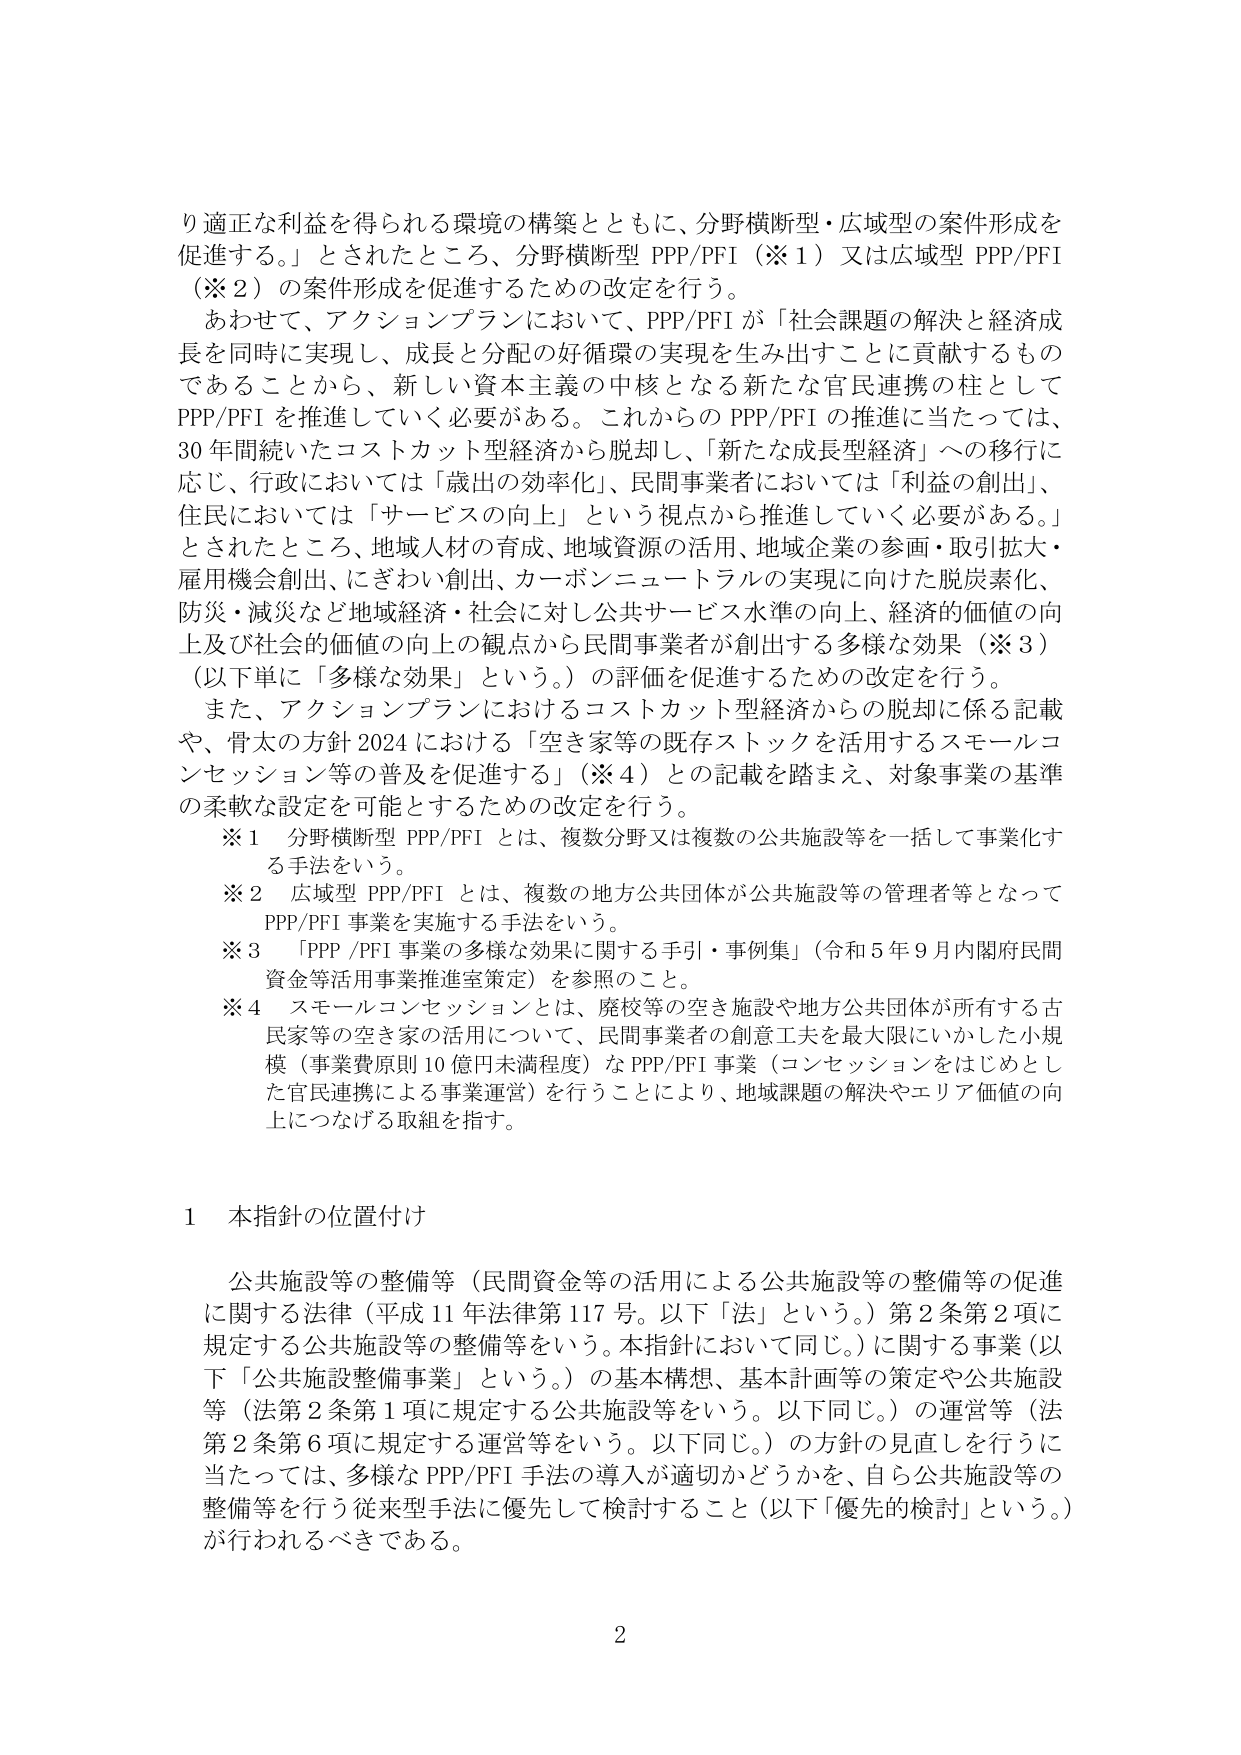
り適正な利益を得られる環境の構築とともに、分野横断型・広域型の案件形成を促進する。」とされたところ、分野横断型 PPP/PFI（※１）又は広域型 PPP/PFI（※２）の案件形成を促進するための改定を行う。

あわせて、アクションプランにおいて、PPP/PFI が「社会課題の解決と経済成長を同時に実現し、成長と分配の好循環の実現を生み出すことに貢献するものであることから、新しい資本主義の中核となる新たな官民連携の柱として PPP/PFI を推進していく必要がある。これから PPP/PFI の推進に当たっては、30 年間続いたコストカット型経済から脱却し、「新たな成長型経済」への移行に応じ、行政においては「歳出の効率化」、民間事業者においては「利益の創出」、住民においては「サービスの向上」という視点から推進していく必要がある。」とされたところ、地域人材の育成、地域資源の活用、地域企業の参画・取引拡大・雇用機会創出、いざわい創出、カーボンニュートラルの実現に向けた脱炭素化、防災・減災など地域経済・社会に対し公共サービス水準の向上、経済的価値の向上及び社会的価値の向上の観点から民間事業者が創出する多様な効果（※３）（以下単に「多様な効果」という。）の評価を促進するための改定を行う。

また、アクションプランにおけるコストカット型経済からの脱却に係る記載や、骨太の方針 2024 における「空き家等の既存ストックを活用するスモールコンセッション等の普及を促進する」（※４）との記載を踏まえ、対象事業の基準の柔軟な設定を可能とするための改定を行う。

※１ 分野横断型 PPP/PFI とは、複数分野又は複数の公共施設等を一括して事業化する手法をいう。

※２ 広域型 PPP/PFI とは、複数の地方公共団体が公共施設等の管理者等となって PPP/PFI 事業を実施する手法をいう。

※３ 「PPP/PFI 事業の多様な効果に関する手引・事例集」（令和５年９月内閣府民間資金等活用事業推進室策定）を参照のこと。

※４ スモールコンセッションとは、廃校等の空き施設や地方公共団体が所有する古民家等の空き家の活用について、民間事業者の創意工夫を最大限にいかした小規模（事業費原則 10 億円未満程度）な PPP/PFI 事業（コンセッションをはじめとした官民連携による事業運営）を行うことにより、地域課題の解決やエリア価値の向上につなげる取組を指す。

1 本指針の位置付け

公共施設等の整備等（民間資金等の活用による公共施設等の整備等の促進に関する法律（平成 11 年法律第 117 号。以下「法」という。）第 2 条第 2 項に規定する公共施設等の整備等をいう。本指針において同じ。）に関する事業（以下「公共施設整備事業」という。）の基本構想、基本計画等の策定や公共施設等（法第 2 条第 1 項に規定する公共施設等をいう。以下同じ。）の運営等（法第 2 条第 6 項に規定する運営等をいう。以下同じ。）の方針の見直しを行うに当たっては、多様な PPP/PFI 手法の導入が適切かどうかを、自ら公共施設等の整備等を行う従来型手法に優先して検討すること（以下「優先的検討」という。）が行われるべきである。

2